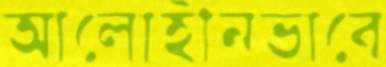
আলোহীনভাবে